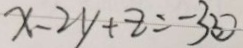
x - 2 y + z = - 3 \textcircled { 3 }